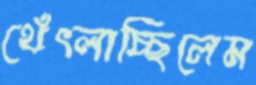
থেঁৎলাচ্ছিলেম